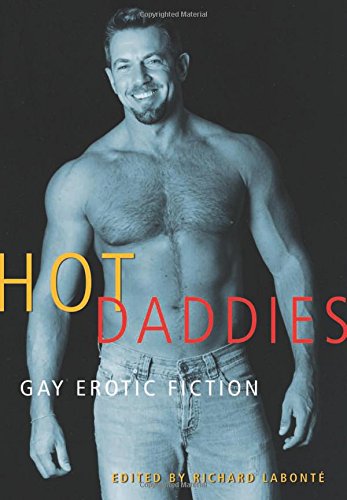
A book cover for Hot Daddies: Gay Erotic Fiction; Romance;